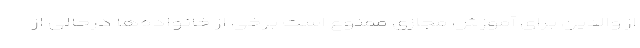
از والدین برای آموزش مجازی ممنوع است برخی از خانواده‌ها درحالی از